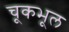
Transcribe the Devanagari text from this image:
चूकभूल